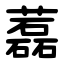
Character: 藞